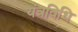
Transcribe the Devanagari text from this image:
यंत्रविधि